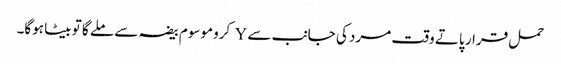
حمل قرار پاتے وقت مرد کی جانب سے Y کروموسوم بیضہ سے ملے گا تو بیٹا ہوگا۔